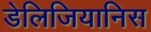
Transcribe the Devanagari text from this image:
डेलिजियानिस